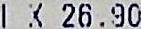
1 X 26.90